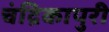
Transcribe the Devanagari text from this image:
चंद्रिकापुरी